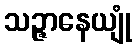
သဉ္ဇာနေယျုံ